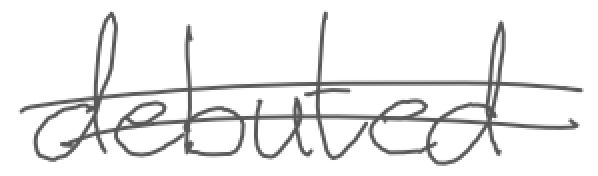
Text: debuted
Cross-out: double-line
Writing tool: digital_gray